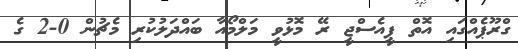
ގްރޫޕެއްގައި އޮތް ޕީއެސްޖީ ރޭ މޮޅުވީ މަލްމޯއާ ބައްދަލުކުރި މެޗުން 0-2 ގެ